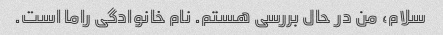
سلام، من در حال بررسی هستم. نام خانوادگی راما است.